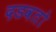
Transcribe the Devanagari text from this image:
दडवतो